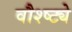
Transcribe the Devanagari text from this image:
वौश्ष्ट्ये